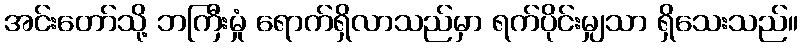
အင်းတော်သို့ ဘကြီးမှုံ ရောက်ရှိလာသည်မှာ ရက်ပိုင်းမျှသာ ရှိသေးသည်။